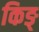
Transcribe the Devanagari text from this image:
किङ्